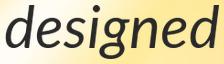
designed